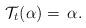
LaTeX: \begin{align*} \mathcal{T}_t(\alpha)=\,\alpha. \end{align*}